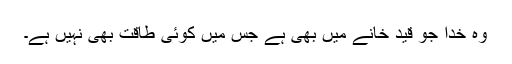
وہ خدا جو قید خانے میں بھی ہے جس میں کوئی طاقت بھی نہیں ہے۔